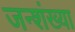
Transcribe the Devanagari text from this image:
जन्शंख्या